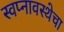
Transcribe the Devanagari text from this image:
स्वप्नावस्थेचा